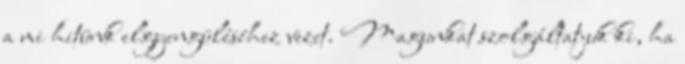
a mi hitünk elgyengüléséhez vezet. Magunkat szolgáltatjuk ki, ha